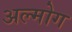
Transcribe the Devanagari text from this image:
अल्मोग